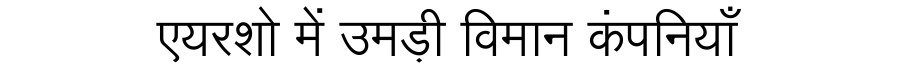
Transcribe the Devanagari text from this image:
एयरशो में उमड़ी विमान कंपनियाँ